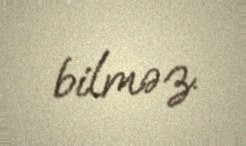
bilməz.